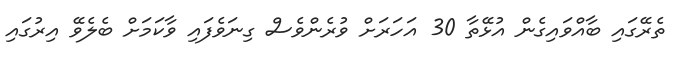
ތެރޭގައި ބާއްވައިގެން އުޅޭތާ 30 އަހަރަށް ވުރެންވެސް ގިނަވެފައި ވާކަމަށް ބެލެވޭ އިރުގައި